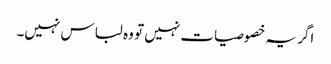
اگر یہ خصوصیات نہیں تو وہ لباس نہیں۔